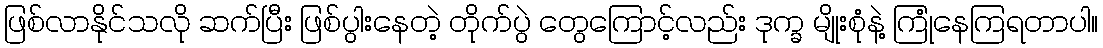
ဖြစ်လာနိုင်သလို ဆက်ပြီး ဖြစ်ပွါးနေတဲ့ တိုက်ပွဲ တွေကြောင့်လည်း ဒုက္ခ မျိုးစုံနဲ့ ကြုံနေကြရတာပါ။